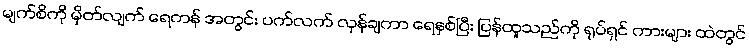
မျက်စိကို မှိတ်လျက် ရေကန် အတွင်း ပက်လက် လှန်ချကာ ရေနှစ်ပြီး ပြန်ထူသည်ကို ရုပ်ရှင် ကားများ ထဲတွင်